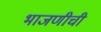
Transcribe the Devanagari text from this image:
भाजणीची